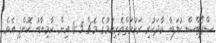
ސްޕޯޓްސް ކުލަބާ ވާދަކުރި ރަހުމަތްތެރިކަމުގެ މެޗް 5-0 އިން ކާމިޔާބު ކޮށްފި އެވެ.